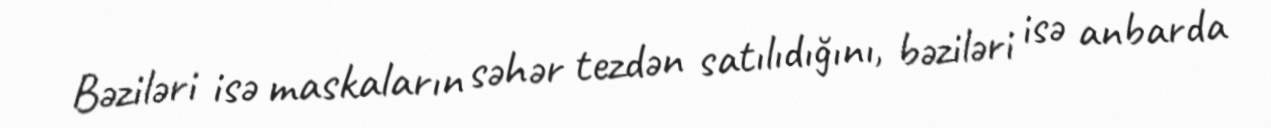
Bəziləri isə maskaların səhər tezdən satılıdığını, bəziləri isə anbarda